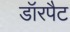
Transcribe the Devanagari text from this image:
डॉरपैट